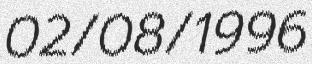
02/08/1996